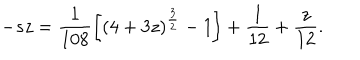
LaTeX: - s z = \frac { 1 } { 1 0 8 } \biggl [ ( 4 + 3 z ) ^ { \frac { 3 } { 2 } } - 1 \biggr ] + \frac { 1 } { 1 2 } + \frac { z } { 1 2 } .